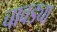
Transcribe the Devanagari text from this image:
चावड्या